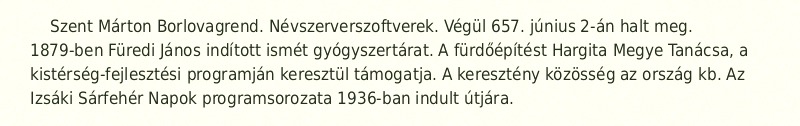
Szent Márton Borlovagrend. Névszerverszoftverek. Végül 657. június 2-án halt meg. 1879-ben Füredi János indított ismét gyógyszertárat. A fürdőépítést Hargita Megye Tanácsa, a kistérség-fejlesztési programján keresztül támogatja. A keresztény közösség az ország kb. Az Izsáki Sárfehér Napok programsorozata 1936-ban indult útjára.